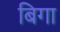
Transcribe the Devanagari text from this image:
बिगा